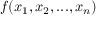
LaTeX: f ( x _ { 1 } , x _ { 2 } , . . . , x _ { n } )